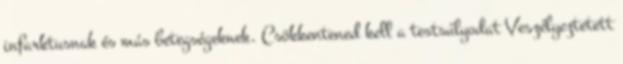
infarktusnak és más betegségeknek. Csökkentened kell a testsúlyodat Veszélyeztetett